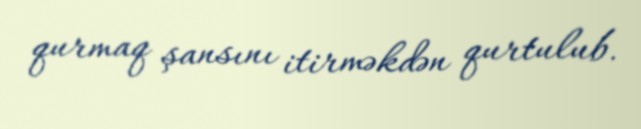
qurmaq şansını itirməkdən qurtulub.